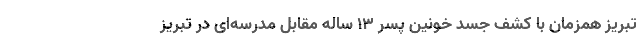
تبریز همزمان با کشف جسد خونین پسر ۱۳ ساله مقابل مدرسه‌ای در تبریز